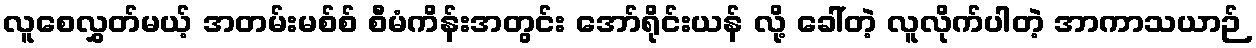
လူစေလွှတ်မယ့် အတမ်းမစ်စ် စီမံကိန်းအတွင်း အော်ရိုင်းယန် လို့ ခေါ်တဲ့ လူလိုက်ပါတဲ့ အာကာသယာဉ်